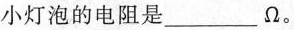
小灯泡的电阻是___Ω。